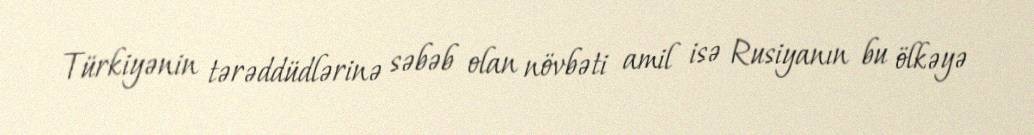
Türkiyənin tərəddüdlərinə səbəb olan növbəti amil isə Rusiyanın bu ölkəyə